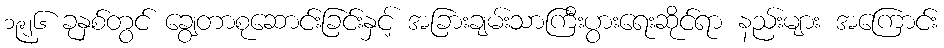
၁၉၂၆ ခုနှစ်တွင် ချွေတာစုဆောင်းခြင်းနှင့် အခြားချမ်းသာကြီးပွားရေးဆိုင်ရာ နည်းများ အကြောင်း